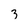
Character: 3